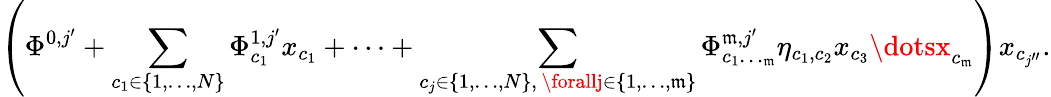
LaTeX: \left(\Phi^{0,j^{\prime}}+\sum_{\substack{c_{1}\in\{ 1,\dots,N\} }}\Phi_{c_{1}}^{1,j^{\prime}}x_{c_{1}}+\dots+\sum_{\substack{c_{j}\in\{ 1,\dots,N\} ,\, \forallj\in\{ 1,\dots,\mathfrak{m}\} }}\Phi_{c_{1}\dotsc_{\mathfrak{m}}}^{\mathfrak{m},j^{\prime}}\eta_{c_{1},c_{2}}x_{c_{3}}\dotsx_{c_{\mathfrak{m}}}\right)x_{c_{j^{\prime\prime}}}.